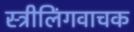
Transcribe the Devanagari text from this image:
स्त्रीलिंगवाचक